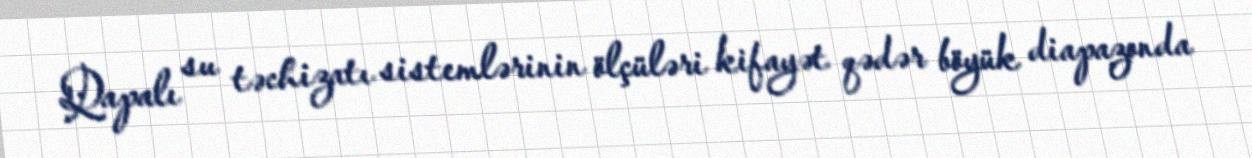
Qapalı su təchizatı sistemlərinin ölçüləri kifayət qədər böyük diapazonda